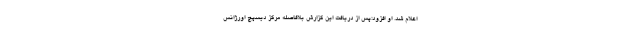
اعلام شد. او افزود:پس از دریافت این گزارش بلافاصله مرکز دیسپچ اورژانس